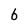
Character: b